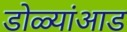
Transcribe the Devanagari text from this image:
डोळ्यांआड